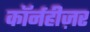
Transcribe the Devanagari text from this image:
कॉर्नहीज़र